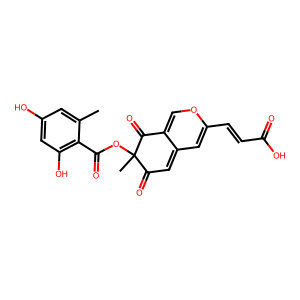
SMILES: Cc1cc(O)cc(O)c1C(=O)OC1(C)C(=O)C=C2C=C(C=CC(=O)O)OC=C2C1=O
Inhibits HIV replication: No